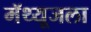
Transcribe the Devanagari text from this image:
मॅथ्यूजला